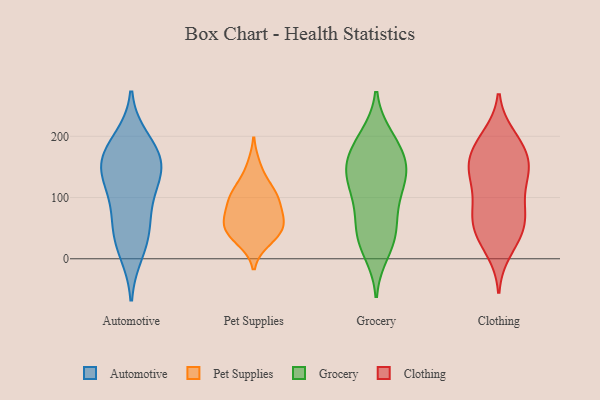
{"axis": {"x": "Revenue (USD Million)", "y": "Value"}, "legend": ["Automotive", "Clothing", "Grocery", "Pet Supplies"], "data": [{"x": "", "y": 125, "type": "Automotive"}, {"x": "", "y": 36, "type": "Automotive"}, {"x": "", "y": 51, "type": "Automotive"}, {"x": "", "y": 123, "type": "Automotive"}, {"x": "", "y": 12, "type": "Automotive"}, {"x": "", "y": 159, "type": "Automotive"}, {"x": "", "y": 146, "type": "Automotive"}, {"x": "", "y": 168, "type": "Automotive"}, {"x": "", "y": 170, "type": "Automotive"}, {"x": "", "y": 193, "type": "Automotive"}, {"x": "", "y": 79, "type": "Automotive"}, {"x": "", "y": 117, "type": "Pet Supplies"}, {"x": "", "y": 29, "type": "Pet Supplies"}, {"x": "", "y": 55, "type": "Pet Supplies"}, {"x": "", "y": 99, "type": "Pet Supplies"}, {"x": "", "y": 69, "type": "Pet Supplies"}, {"x": "", "y": 57, "type": "Pet Supplies"}, {"x": "", "y": 59, "type": "Pet Supplies"}, {"x": "", "y": 113, "type": "Pet Supplies"}, {"x": "", "y": 35, "type": "Pet Supplies"}, {"x": "", "y": 94, "type": "Pet Supplies"}, {"x": "", "y": 43, "type": "Pet Supplies"}, {"x": "", "y": 152, "type": "Pet Supplies"}, {"x": "", "y": 88, "type": "Pet Supplies"}, {"x": "", "y": 98, "type": "Grocery"}, {"x": "", "y": 135, "type": "Grocery"}, {"x": "", "y": 38, "type": "Grocery"}, {"x": "", "y": 77, "type": "Grocery"}, {"x": "", "y": 145, "type": "Grocery"}, {"x": "", "y": 42, "type": "Grocery"}, {"x": "", "y": 145, "type": "Grocery"}, {"x": "", "y": 53, "type": "Grocery"}, {"x": "", "y": 193, "type": "Grocery"}, {"x": "", "y": 192, "type": "Grocery"}, {"x": "", "y": 152, "type": "Grocery"}, {"x": "", "y": 153, "type": "Grocery"}, {"x": "", "y": 106, "type": "Grocery"}, {"x": "", "y": 200, "type": "Grocery"}, {"x": "", "y": 120, "type": "Grocery"}, {"x": "", "y": 10, "type": "Grocery"}, {"x": "", "y": 167, "type": "Grocery"}, {"x": "", "y": 23, "type": "Grocery"}, {"x": "", "y": 127, "type": "Clothing"}, {"x": "", "y": 66, "type": "Clothing"}, {"x": "", "y": 91, "type": "Clothing"}, {"x": "", "y": 141, "type": "Clothing"}, {"x": "", "y": 50, "type": "Clothing"}, {"x": "", "y": 195, "type": "Clothing"}, {"x": "", "y": 59, "type": "Clothing"}, {"x": "", "y": 185, "type": "Clothing"}, {"x": "", "y": 122, "type": "Clothing"}, {"x": "", "y": 200, "type": "Clothing"}, {"x": "", "y": 30, "type": "Clothing"}, {"x": "", "y": 79, "type": "Clothing"}, {"x": "", "y": 161, "type": "Clothing"}, {"x": "", "y": 13, "type": "Clothing"}, {"x": "", "y": 74, "type": "Clothing"}, {"x": "", "y": 37, "type": "Clothing"}, {"x": "", "y": 152, "type": "Clothing"}, {"x": "", "y": 154, "type": "Clothing"}, {"x": "", "y": 141, "type": "Clothing"}, {"x": "", "y": 178, "type": "Clothing"}]}